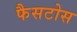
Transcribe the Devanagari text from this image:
फैसटोस